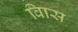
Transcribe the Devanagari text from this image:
विास